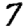
Digit: 7